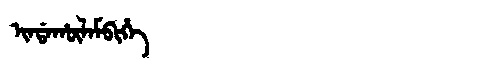
Manchu: ᡳᠨᡩᠠᡥᡡᠯᠠᠮᠪᡳᡥᡝ
Romanization: INDAHŪLAMBIHE